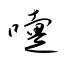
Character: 嚔